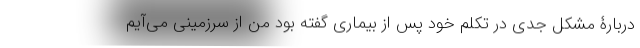
دربارۀ مشکل جدی در تکلم خود پس از بیماری گفته بود من از سرزمینی می‌آیم